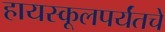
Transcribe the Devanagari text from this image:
हायस्कूलपर्यंतचे